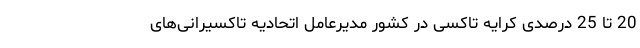
20 تا 25 درصدی کرایه تاکسی در کشور مدیرعامل اتحادیه تاکسیرانی‌های